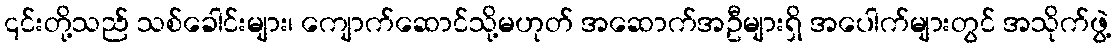
၎င်းတို့သည် သစ်ခေါင်းများ၊ ကျောက်ဆောင်သို့မဟုတ် အဆောက်အဦများရှိ အပေါက်များတွင် အသိုက်ဖွဲ့